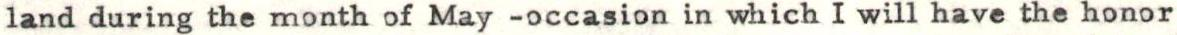
land during the month of May -occasion in which I will have the honor